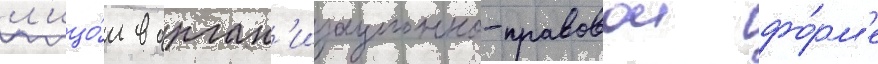
л'ицо́м в орган'изационно-правовои фо́рм'е